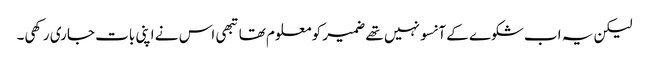
لیکن یہ اب شکوے کے آنسو نہیں تھے ضمیر کو معلوم تھا تبھی اس نے اپنی بات جاری رکھی۔